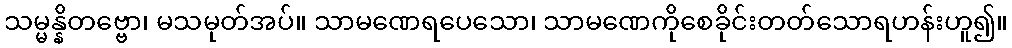
သမ္မန္နိတဗ္ဗော၊ မသမုတ်အပ်။ သာမဏေရပေသော၊ သာမဏေကိုစေခိုင်းတတ်သောရဟန်းဟူ၍။